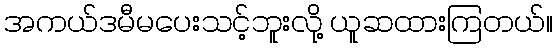
အကယ်ဒမီမပေးသင့်ဘူးလို့ ယူဆထားကြတယ်။